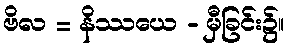
ဗိလ = နိဿယေ - မှီခြင်း၌။